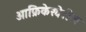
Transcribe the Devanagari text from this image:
आफ्रिकेखेरीज